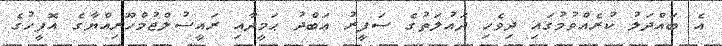
އެ ބައްދަލު ކުރެއްވުމުގައި ދިވެހި ދައުލަތުގެ ސަފީރު ޢަބްދު ޙަމީދާއި ރައީސުލްޖުމްހޫރިއްޔާގެ އޮފީހުގެ